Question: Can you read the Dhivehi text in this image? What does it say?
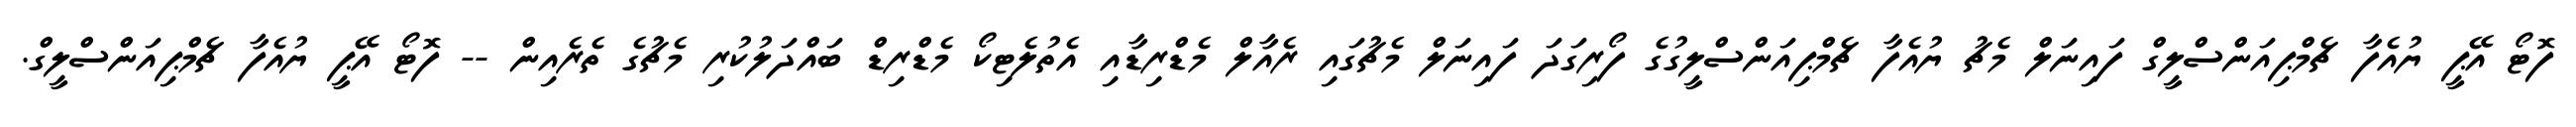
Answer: ފޮޓޯ އޭޕީ ޔުއެފާ ޗެމްޕިއަންސްލީގް ފައިނަލް މެޗު ޔުއެފާ ޗެމްޕިއަންސްލީގުގެ ފޯރިގަދަ ފައިނަލް މެޗުގައި ރެއާލް މެޑްރިޑާއި އެތުލެޓިކޯ މެޑްރިޑް ބައްދަލުކުރި މެޗުގެ ތެރެއިން -- ފޮޓޯ އޭޕީ ޔުއެފާ ޗެމްޕިއަންސްލީގް.